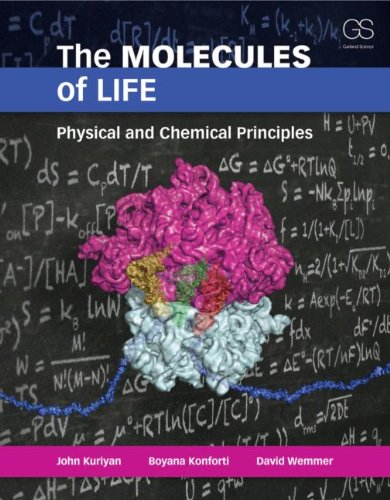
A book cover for The Molecules of Life: Physical and Chemical Principles; John Kuriyan; Medical Books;